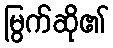
မြွက်ဆို၏